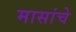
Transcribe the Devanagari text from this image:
मासांचे